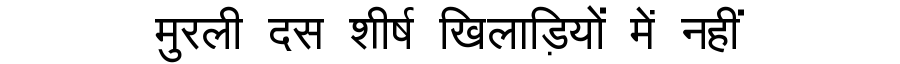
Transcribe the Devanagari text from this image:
मुरली दस शीर्ष खिलाड़ियों में नहीं